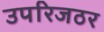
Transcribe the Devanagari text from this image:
उपरिजठर